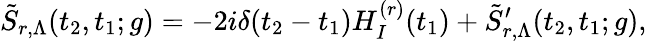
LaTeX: \tilde{S}_{r,\Lambda}(t_{2},t_{1};g)=-2i\delta(t_{2}-t_{1})H_{I}^{(r)}(t_{1})+\tilde{S}_{r,\Lambda}^{\prime}(t_{2},t_{1};g),